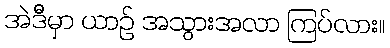
အဲဒီမှာ ယာဉ် အသွားအလာ ကြပ်လား။